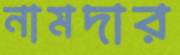
নামদার